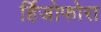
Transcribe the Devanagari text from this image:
र्हिजोफोरा